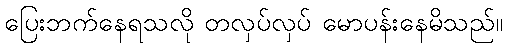
ပြေးဘက်နေရသလို တလှပ်လှပ် မောပန်းနေမိသည်။